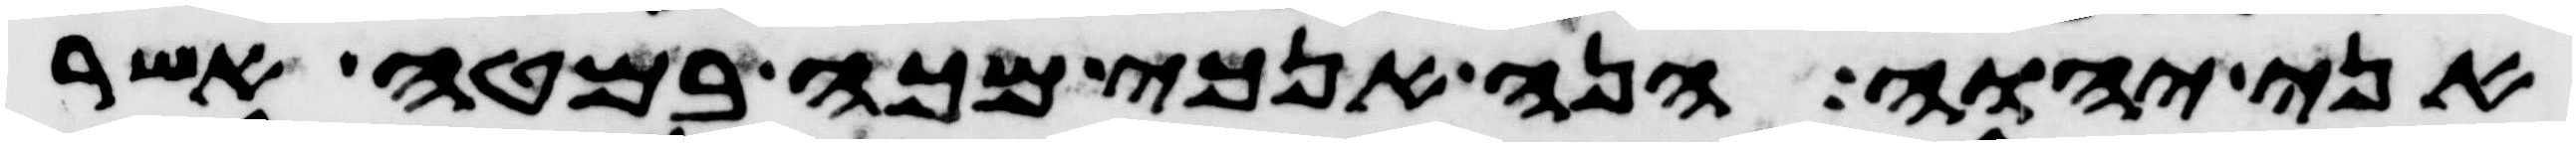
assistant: אני יהוה הנה אנכי מכה במטה אשר